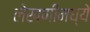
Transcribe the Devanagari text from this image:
लेखणीमध्ये